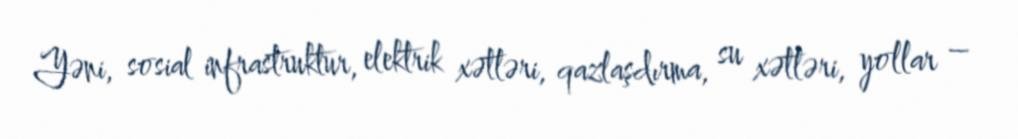
Yəni, sosial infrastruktur, elektrik xətləri, qazlaşdırma, su xətləri, yollar –